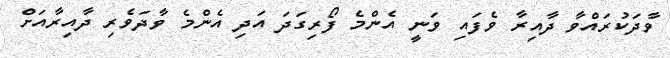
ވާދަކުރައްވާ ދާއިރާ ވެފައި ވަނީ އެންމެ ފޯރިގަދަ އަދި އެންމެ ވާދަވެރި ދާއިރާއަށް